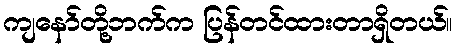
ကျနော်တို့ဘက်က ပြန်တင်ထားတာရှိတယ်။